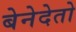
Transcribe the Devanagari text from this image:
बेनेदेतो